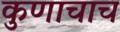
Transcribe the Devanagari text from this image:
कुणाचाच